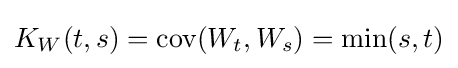
K_{W}(t,s)=\operatorname {cov} (W_{t},W_{s})=\min(s,t)